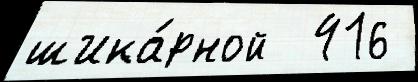
шика́рной  416